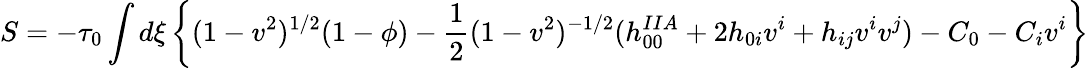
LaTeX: S=-\tau_{0}\int d\xi\left\{ (1-v^{2})^{1/2}(1-\phi)-{\frac{1}{2}}(1-v^{2})^{-1/2}(h_{00}^{IIA}+2h_{0i}v^{i}+h_{ij}v^{i}v^{j})-C_{0}-C_{i}v^{i}\right\}